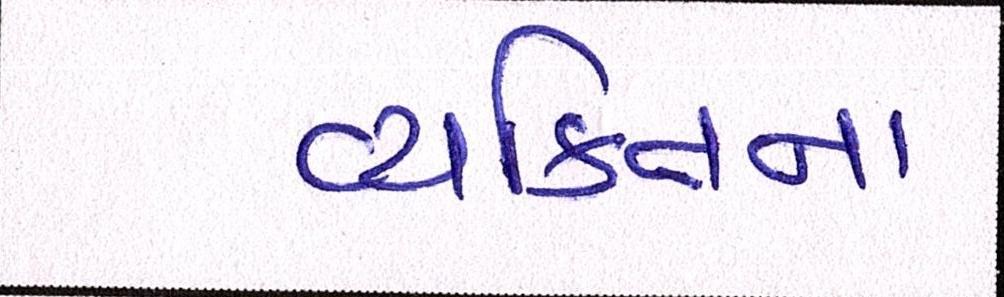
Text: વ્યક્તિના